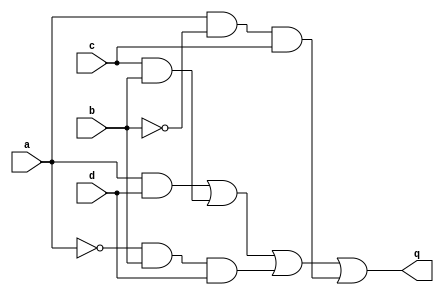
module top_module (
    input a,
    input b,
    input c,
    input d,
    output q );//

    assign q = (a&d)|(c&b)|(~a&b&d)|(a&~b&c); // Fix me

endmodule